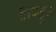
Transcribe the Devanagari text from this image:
ताण्डूल